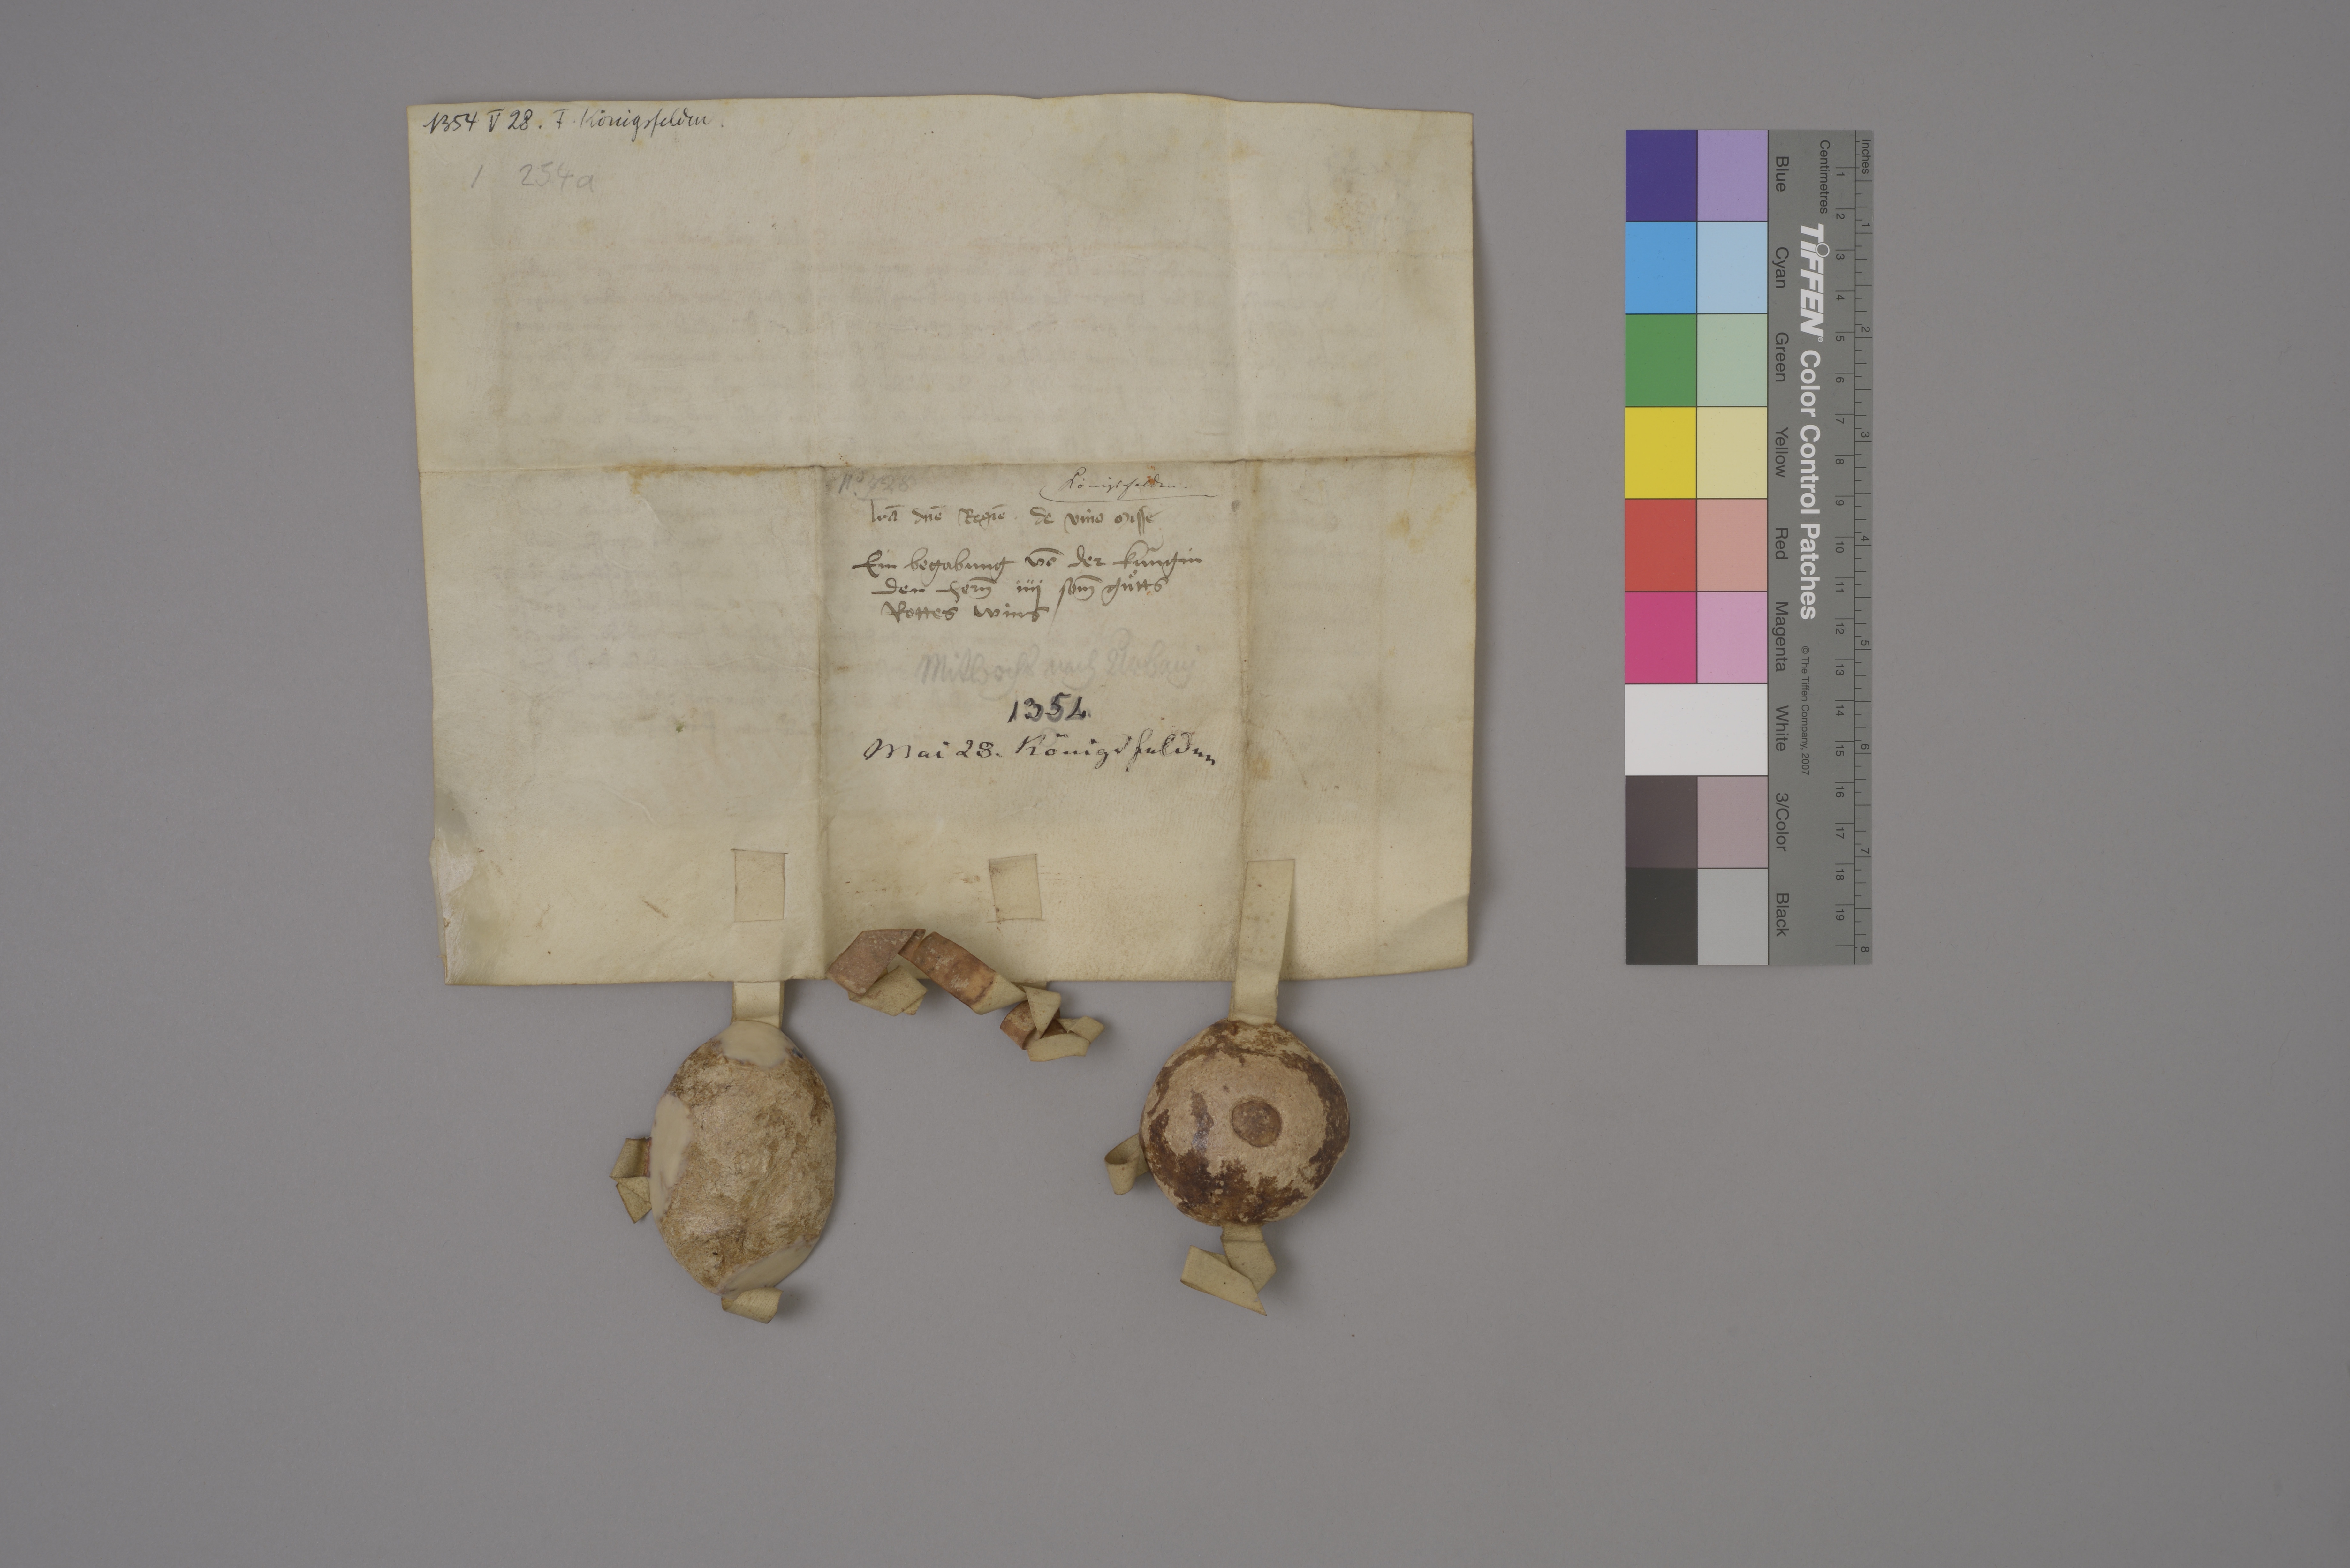
Transcription:
1354 V 28 . F. Königsfelden

I 254 a

Königsfelden .

Nͦ. 728

lr̄a dn̄e regīe ✳ de vino misse

ein begabung vō der kùngin
den her̄n iiij som̄ guͦtts
rottes wins

Mitwochs nach Ùrbani

1354

1354 .

✳

Mai 28 . Königsfeldnn